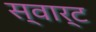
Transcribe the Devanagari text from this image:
स्वार्ट